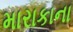
મારાકાના